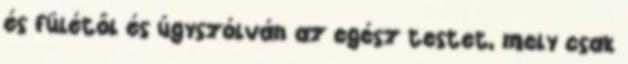
és fülétől és úgyszólván az egész testet, mely csak